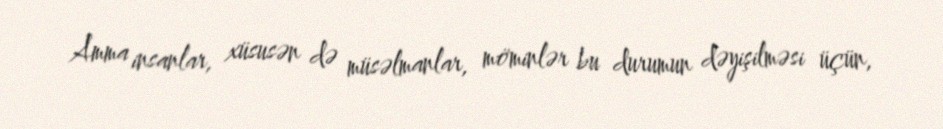
Amma insanlar, xüsusən də müsəlmanlar, möminlər bu durumun dəyişilməsi üçün,